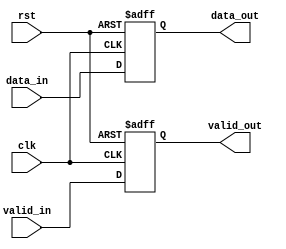
module starter_dut (
   // Outputs
   data_out, valid_out,
   // Inputs
   clk, rst, data_in, valid_in
   ) ;
   input clk;
   input rst;
   input [7:0] data_in;
   input valid_in;
   output [7:0] data_out;
   output valid_out;

   reg [7:0]		data_out;
   reg			valid_out;

   always @(posedge clk or posedge rst) begin
      if (rst) begin
	 data_out <= 'h0;
	 valid_out <= 'h0;
      end
      else begin
	 data_out <= data_in;
	 valid_out <= valid_in;
      end
   end
endmodule